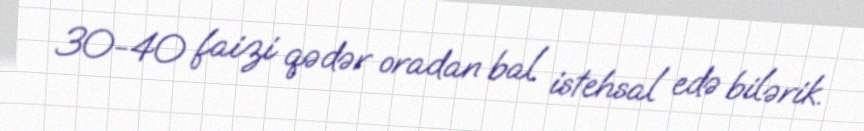
30-40 faizi qədər oradan bal istehsal edə bilərik.